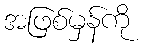
အဖြစ်မှန်ကို